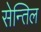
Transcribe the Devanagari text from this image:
सेन्तिल